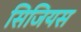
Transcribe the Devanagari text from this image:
सिजियस